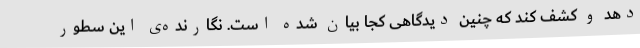
دهد و کشف کند که چنین دیدگاهی کجا بیان شده است. نگارنده‌ی این سطور